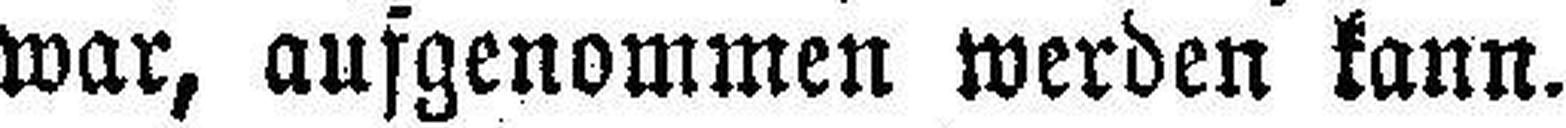
war, aufgenommen werden kann.